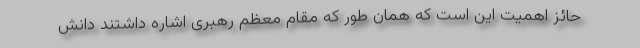
حائز اهمیت این است که همان طور که مقام معظم رهبری اشاره داشتند دانش